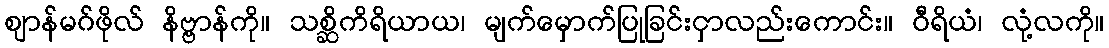
ဈာန်မဂ်ဖိုလ် နိဗ္ဗာန်ကို။ သစ္ဆိကိရိယာယ၊ မျက်မှောက်ပြုခြင်းငှာလည်းကောင်း။ ဝီရိယံ၊ လုံ့လကို။